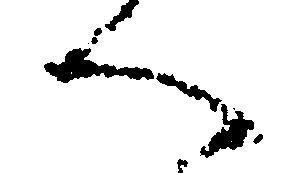
へ